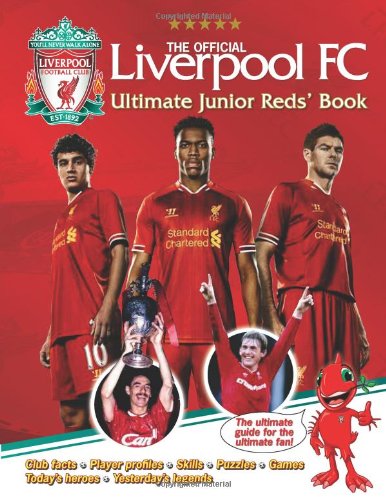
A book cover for The Official Liverpool FC Ultimate Junior Reds' Book; Liverpool Football Club; Children's Books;